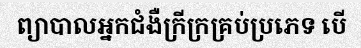
ព្យាបាលអ្នកជំងឺក្រីក្រគ្រប់ប្រភេទ បើ